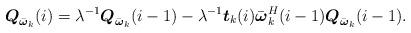
LaTeX: \begin{align*}\boldsymbol Q_{\bar{\boldsymbol\omega}_k}(i)=\lambda^{-1}\boldsymbol Q_{\bar{\boldsymbol\omega}_k}(i-1)-\lambda^{-1}\boldsymbol t_k(i)\bar{\boldsymbol\omega}_k^H(i-1)\boldsymbol Q_{\bar{\boldsymbol\omega}_k}(i-1).\end{align*}